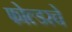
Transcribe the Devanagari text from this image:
फोल्डरचे